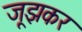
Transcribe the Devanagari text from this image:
जूझकर